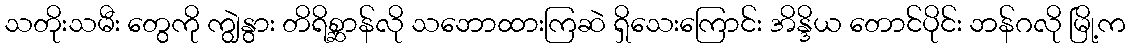
သတိုးသမီး တွေကို ကျွဲနွား တိရိစ္ဆာန်လို သဘောထားကြဆဲ ရှိသေးကြောင်း အိန္ဒိယ တောင်ပိုင်း ဘန်ဂလို မြို့က